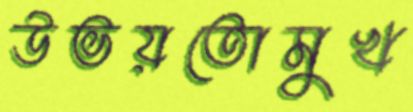
উভয়তোমুখ